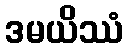
ဒမယိဿံ